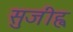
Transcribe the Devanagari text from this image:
सुजीह्व